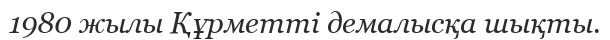
1980 жылы Құрметті демалысқа шықты.